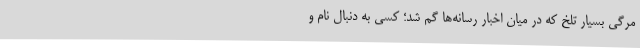
مرگی بسیار تلخ که در میان اخبار رسانه‌ها گم شد؛ کسی به دنبال نام و